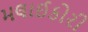
મલાઈકોરી